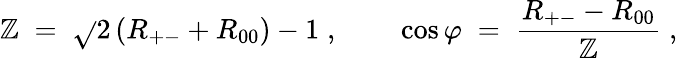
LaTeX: \mathbb{Z}\; =\; \sqrt{}{{2\left(R_{+-}+R_{00}\right)-1}}\; ,~~~~~~~~\cos\varphi\; =\; \frac{{R_{+-}-R_{00}}}{{\mathbb{Z}}}\; ,